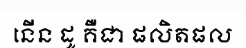
នើន ដូ គឺជា ផលិតផល